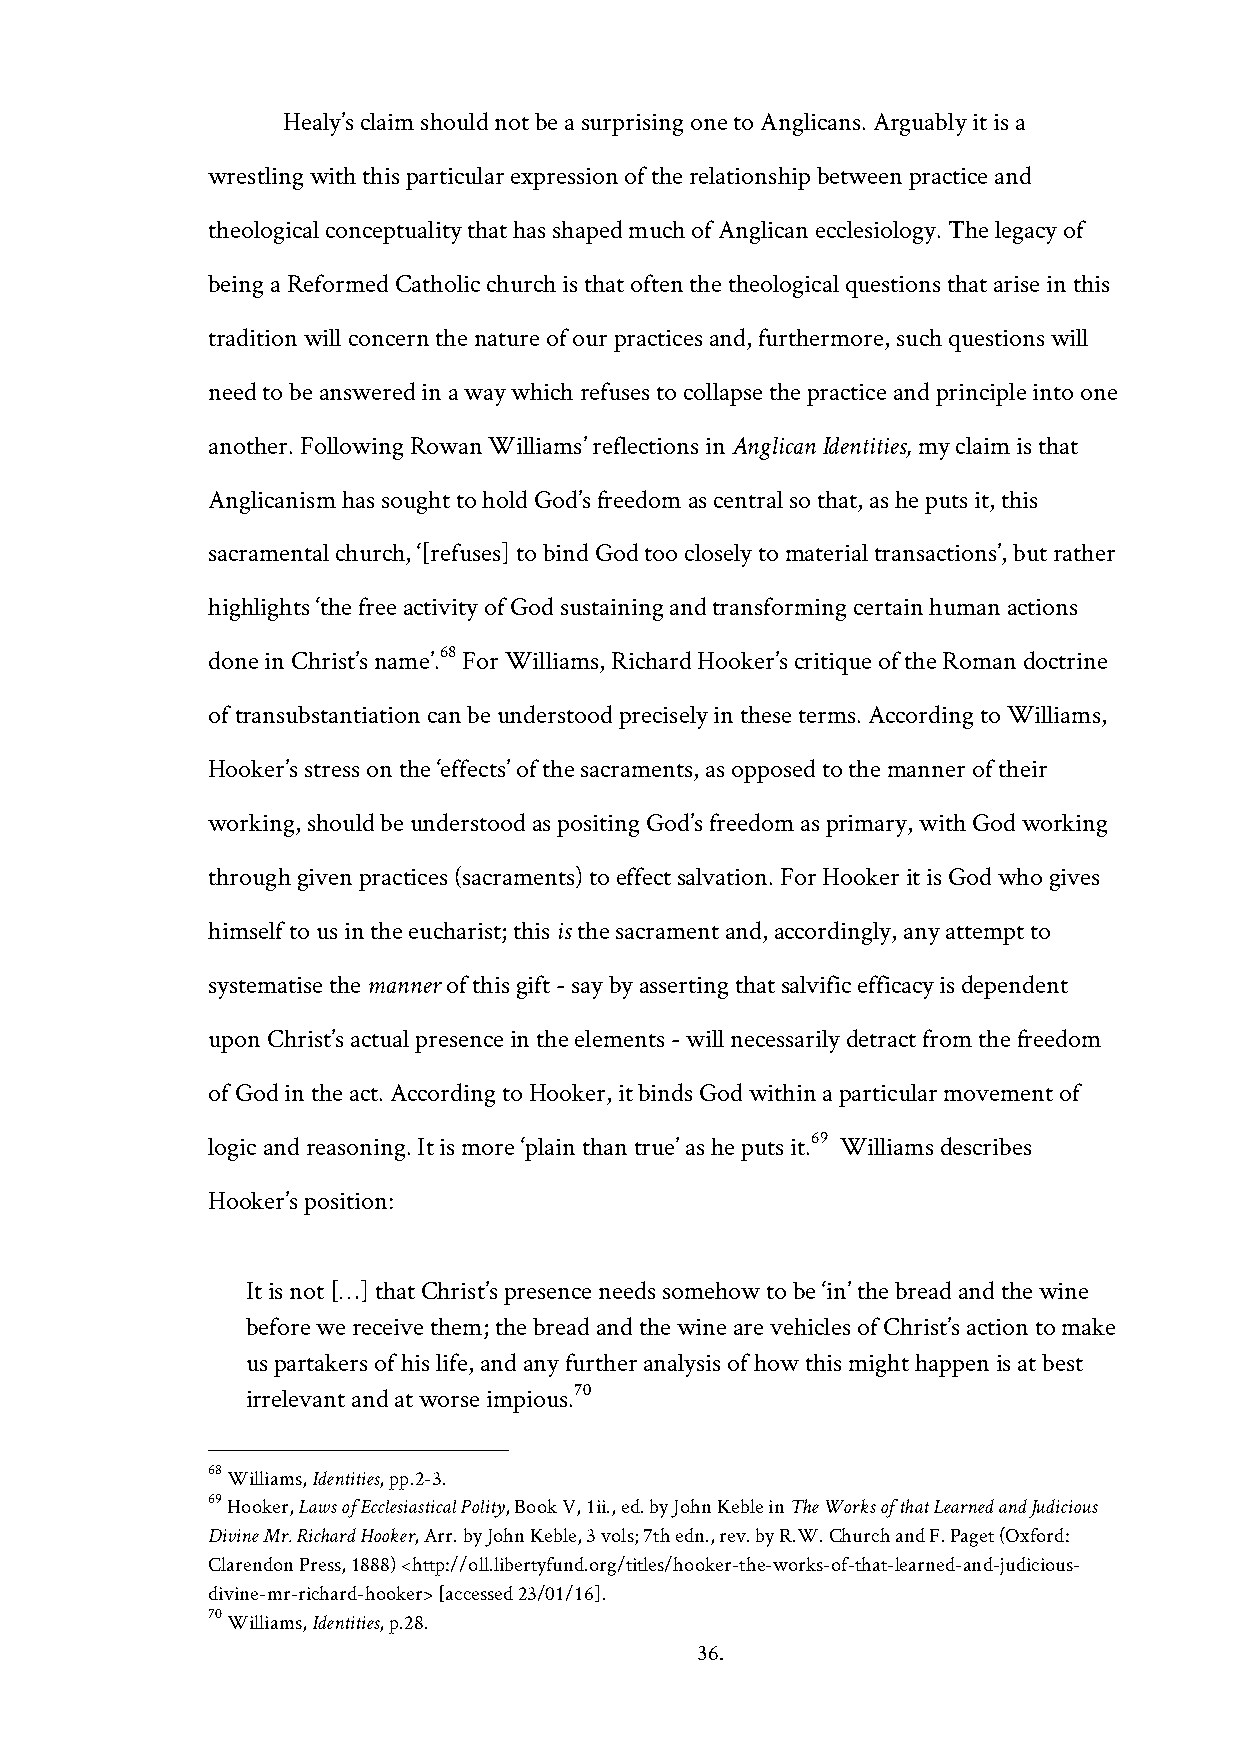
Healy’s claim should not be a surprising one to Anglicans. Arguably it is a
 wrestling with this particular expression of the relationship between practice and
 theological conceptuality that has shaped much of Anglican ecclesiology. The legacy of
 being a Reformed Catholic church is that often the theological questions that arise in this
 tradition will concern the nature of our practices and, furthermore, such questions will
 need to be answered in a way which refuses to collapse the practice and principle into one
 another. Following Rowan Williams’ reflections in Anglican Identities, my claim is that
 Anglicanism has sought to hold God’s freedom as central so that, as he puts it, this
 sacramental church, ‘[refuses] to bind God too closely to material transactions’, but rather
 highlights ‘the free activity of God sustaining and transforming certain human actions
 68
 done in Christ’s name’. For Williams, Richard Hooker’s critique of the Roman doctrine
 of transubstantiation can be understood precisely in these terms. According to Williams,
 Hooker’s stress on the ‘effects’ of the sacraments, as opposed to the manner of their
 working, should be understood as positing God’s freedom as primary, with God working
 through given practices (sacraments) to effect salvation. For Hooker it is God who gives
 himself to us in the eucharist; this is the sacrament and, accordingly, any attempt to
 systematise the manner of this gift - say by asserting that salvific efficacy is dependent
 upon Christ’s actual presence in the elements - will necessarily detract from the freedom
 of God in the act. According to Hooker, it binds God within a particular movement of
 69
 logic and reasoning. It is more ‘plain than true’ as he puts it. Williams describes
 Hooker’s position:
 It is not […] that Christ’s presence needs somehow to be ‘in’ the bread and the wine
 before we receive them; the bread and the wine are vehicles of Christ’s action to make
 us partakers of his life, and any further analysis of how this might happen is at best
 70
 irrelevant and at worse impious.
 68 Williams, Identities, pp.2-3.
 69 Hooker, Laws of Ecclesiastical Polity, Book V, 1ii., ed. by John Keble in The Works of that Learned and Judicious
 Divine Mr. Richard Hooker, Arr. by John Keble, 3 vols; 7th edn., rev. by R.W. Church and F. Paget (Oxford:
 Clarendon Press, 1888) <http://oll.libertyfund.org/titles/hooker-the-works-of-that-learned-and-judicious-
 divine-mr-richard-hooker> [accessed 23/01/16].
 70 Williams, Identities, p.28.
 36.